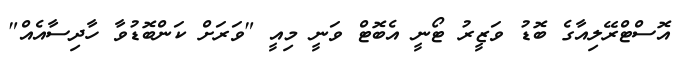
އޮސްޓްރޭލިއާގެ ބޮޑު ވަޒީރު ޓޯނީ އެބޮޓް ވަނީ މިއީ "ވަރަށް ކަންބޮޑުވާ ހާދިސާއެއް"